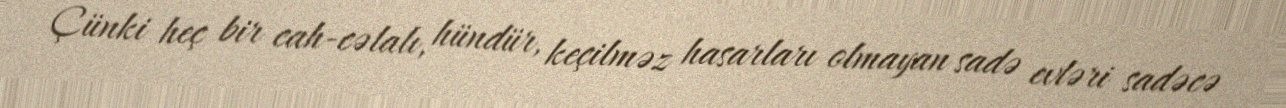
Çünki heç bir cah-cəlalı, hündür, keçilməz hasarları olmayan sadə evləri sadəcə